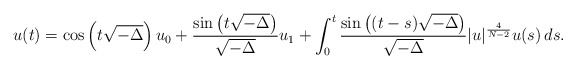
\begin{align*} u(t)=\cos\left( t\sqrt{-\Delta} \right)u_0+\frac{\sin\left( t\sqrt{-\Delta} \right)}{\sqrt{-\Delta}}u_1+\int_0^t\frac{\sin\left( (t-s)\sqrt{-\Delta} \right)}{\sqrt{-\Delta}}|u|^{\frac{4}{N-2}}u(s)\,ds. \end{align*}